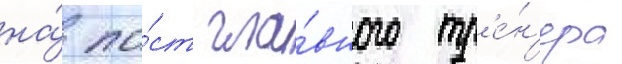
на́ по́ст гла́вного тр'е́н'ера